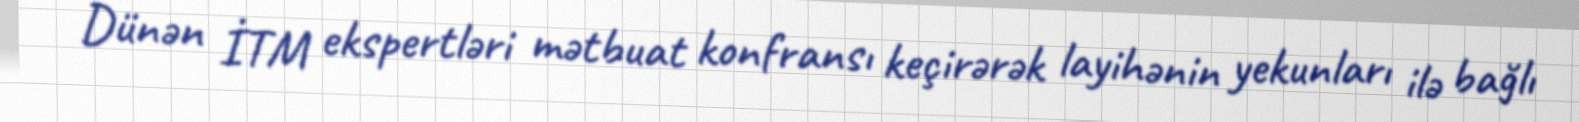
Dünən İTM ekspertləri mətbuat konfransı keçirərək layihənin yekunları ilə bağlı